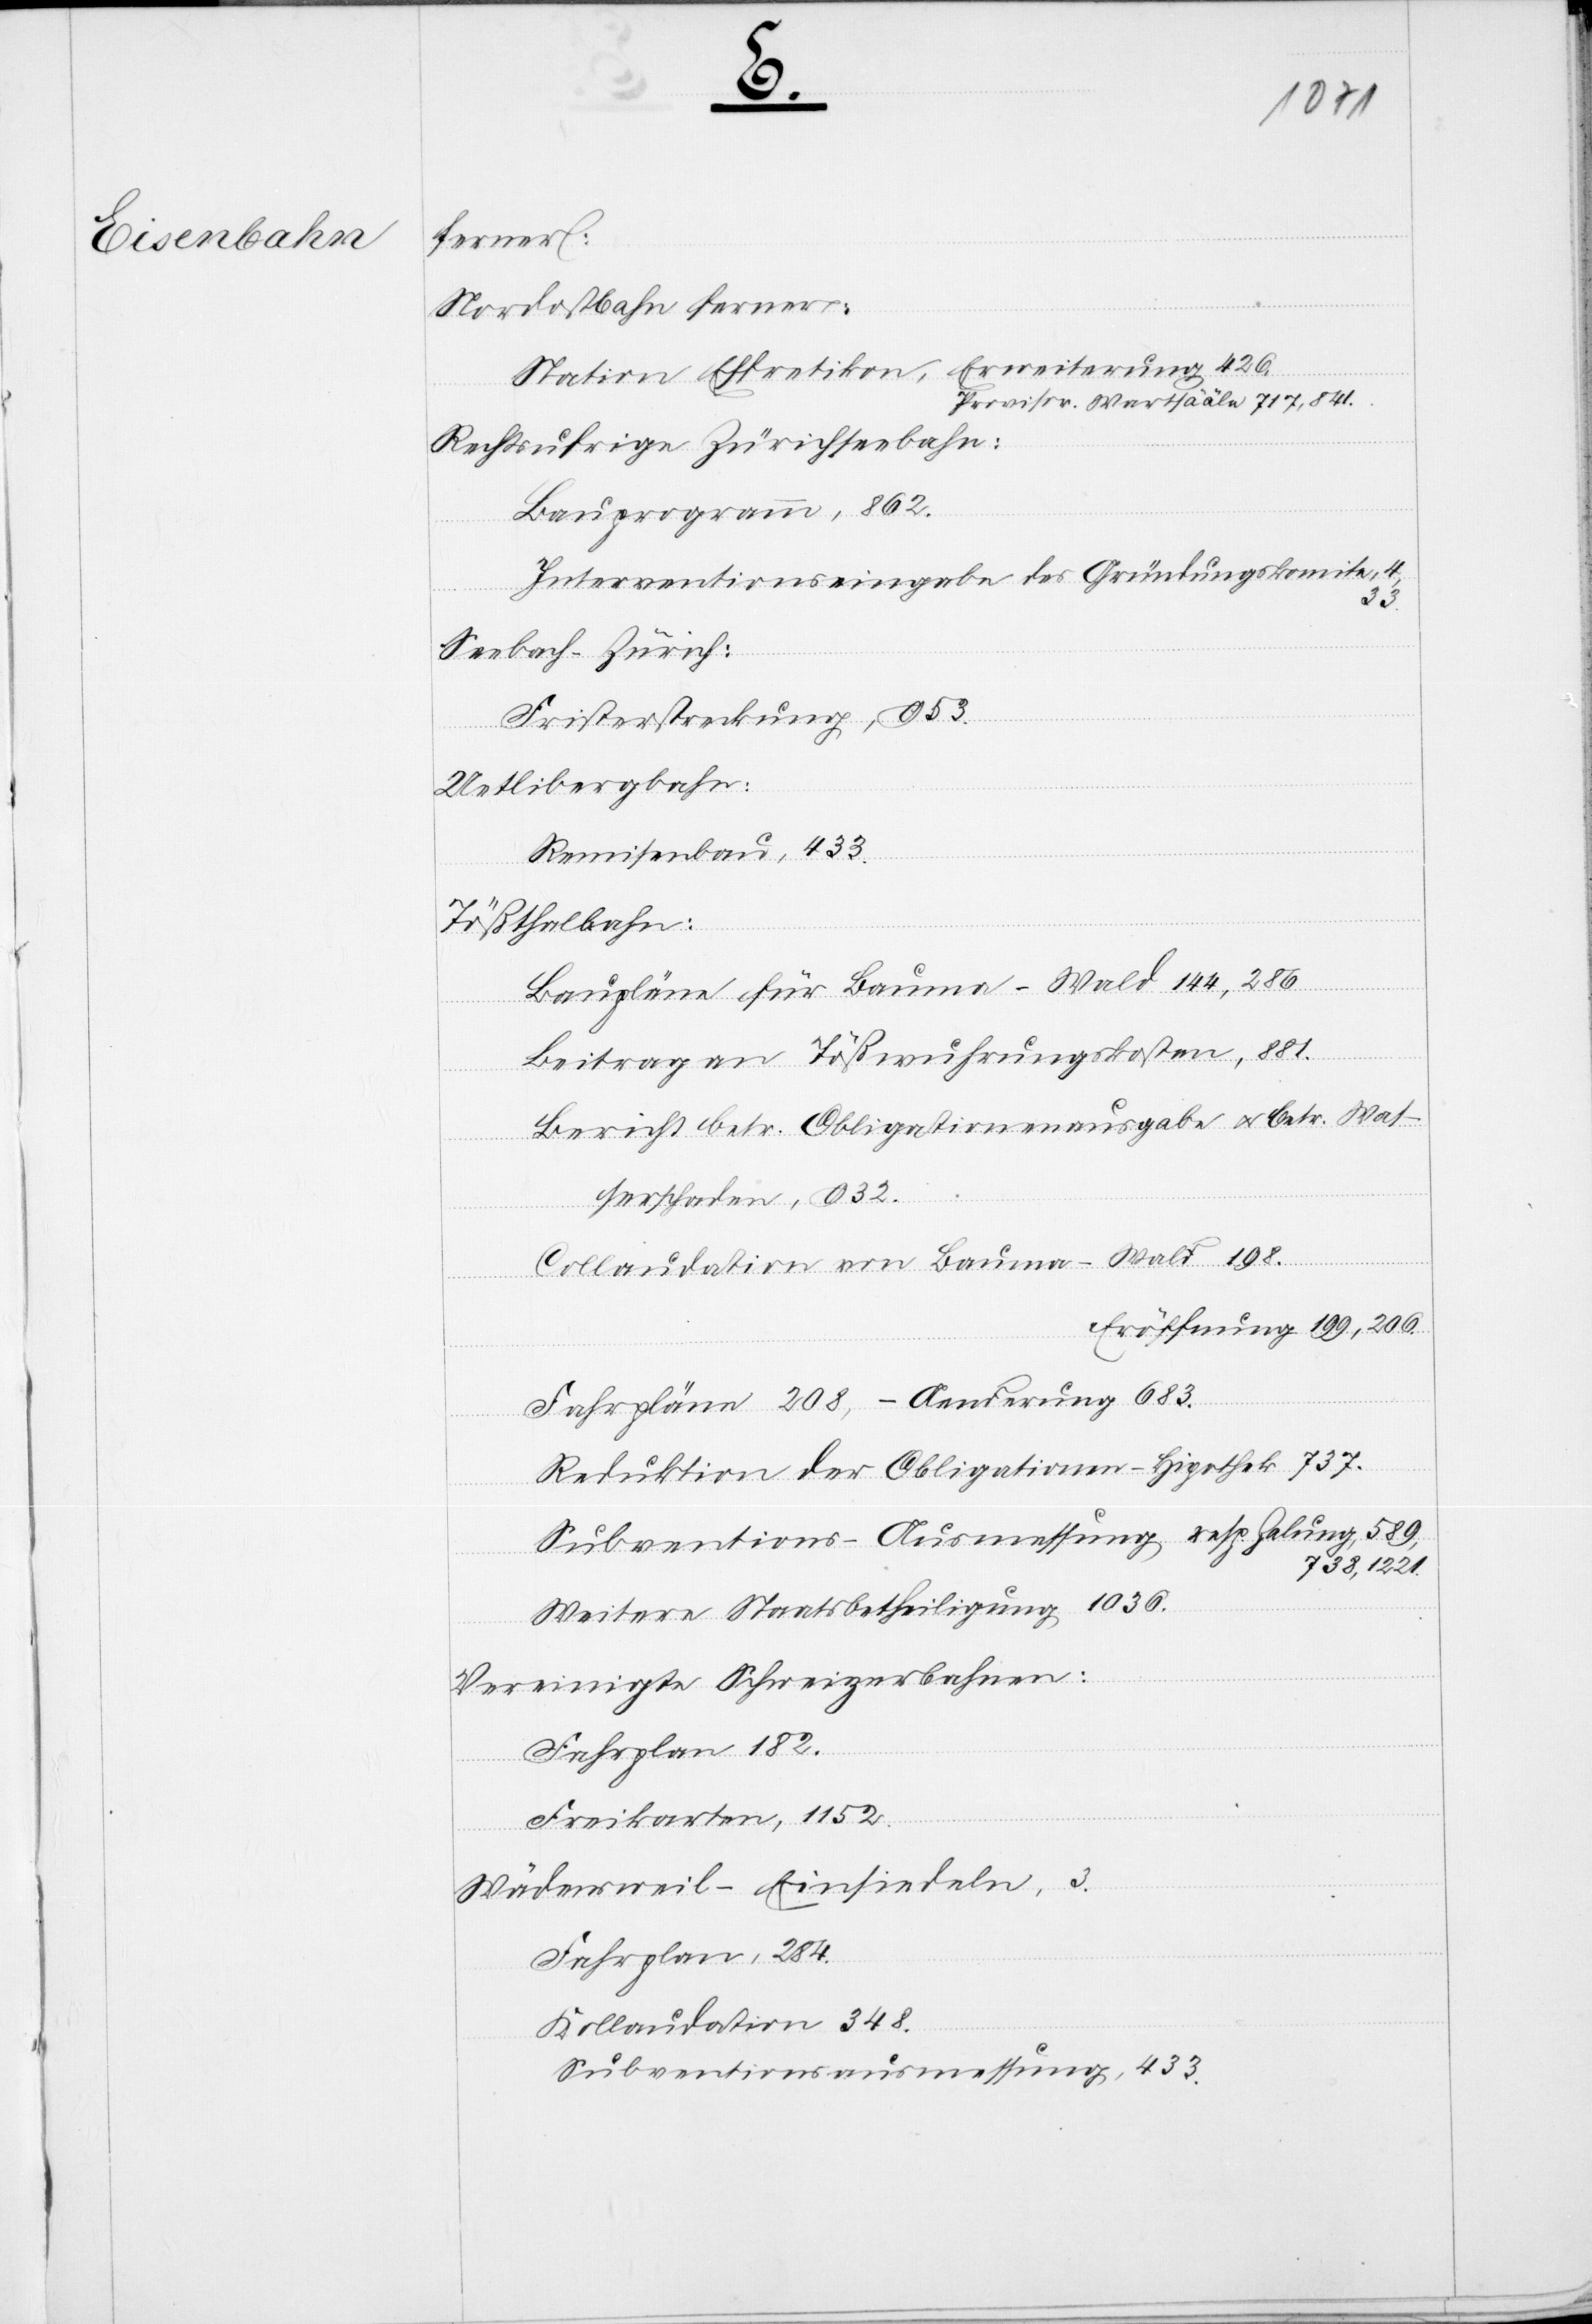
50
ffenden
3.
Finanzen.